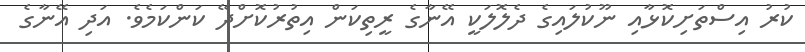
ކުރު އިސްތަށިކޮޅާއި ނޫކުލައިގެ ދެލޮލަކީ އޭނާގެ ރީތިކަން އިތުރުކޮށްދޭ ކަންކަމެވެ. އަދި އޭނާގެ